Report of the Indian Hemp Drugs Commission, 1894-1895 - Volume IV
Year: 1894
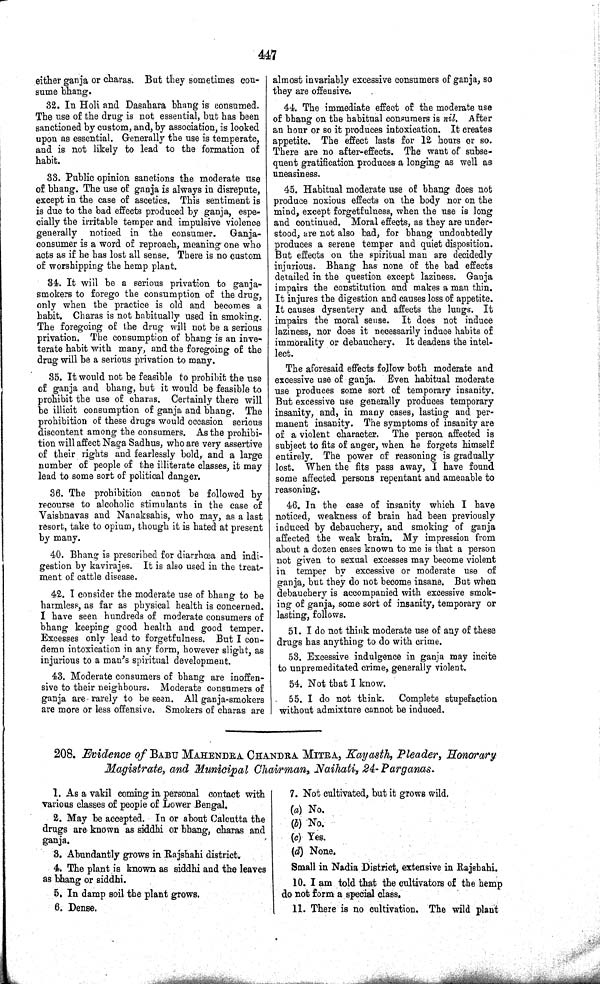
447
either ganja or charas. But they sometimes con-
sume bhang.
32. In Holi and Dasahara bhang is consumed.
The use of the drug is not essential, but has been
sanctioned by custom, and, by association, is looked
upon as essential. Generally the use is temperate,
and is not likely to lead to the formation of
habit.
33. Public opinion sanctions the moderate use
of bhang. The use of ganja is always in disrepute,
except in the case of ascetics. This sentiment is
is due to the bad effects produced by ganja, espe-
cially the irritable temper and impulsive violence
generally noticed in the consumer.
Ganja-
consumer is a word of reproach, meaning one who
acts as if he has lost all sense. There is no custom
of worshipping the hemp plant.
34. It will be a serious privation to ganja-
smokers to forego the consumption of the drug,
only when the practice is old and becomes a
habit. Charas is not habitually used in smoking.
The foregoing of the drug will not be a serious
privation. The consumption of bhang is an inve-
terate habit with many, and the foregoing of the
drug will be a serious privation to many.
35. It would not be feasible to prohibit the use
of ganja and bhang, but it would be feasible to
prohibit the use of charas. Certainly there will
be illicit consumption of ganja and bhang. The
prohibition of these drugs would occasion serious
discontent among the consumers. As the prohibi-
tion will affect Naga Sadhus, who are very assertive
of their rights and fearlessly bold, and a large
number of people of the illiterate classes, it may
lead to some sort of political danger.
36. The prohibition cannot be followed by
recourse to alcoholic stimulants in the case of
Vaisbnavas and Nanaksahis, who may, as a last
resort, take to opium, though it is hated at present
by many.
40. Bhang is prescribed for diarrhœa and indi-
gestion by kavirajes. It is also used in the treat-
ment of cattle disease.
42. I consider the moderate use of bhang to be
harmless, as far as physical health is concerned.
I have seen hundreds of moderate consumers of
bhang keeping good health and good temper.
Excesses only lead to forgetfulness. But I con-
demn intoxication in any form, however slight, as
injurious to a man's spiritual development.
43. Moderate consumers of bhang are inoffen-
sive to their neighbours. Moderate consumers of
ganja are rarely to be seen. All ganja-smokers
are more or less offensive. Smokers of charas are
almost invariably excessive consumers of ganja, so
they are offensive.
44. The immediate effect of the moderate use
of bhang on the habitual consumers is nil. After
an hour or so it produces intoxication. It creates
appetite. The effect lasts for 12 hours or so.
There are no after-effects. The want of subse-
quent gratification produces a longing as well as
uneasiness.
45. Habitual moderate use of bhang does not
produce noxious effects on the body nor on the
mind, except forgetfulness, when the use is long
and continued. Moral effects, as they are under-
stood, are not also bad, for bhang undoubtedly
produces a serene temper and quiet disposition.
But effects on the spiritual man are decidedly
injurious. Bhang has none of the bad effects
detailed in the question except laziness. Ganja
impairs the constitution and makes a man thin.
It injures the digestion and causes loss of appetite.
It causes dysentery and affects the lungs. It
impairs the moral sense. It does not induce
laziness, nor does it necessarily induce habits of
immorality or debauchery. It deadens the intel-
lect.
The aforesaid effects follow both moderate and
excessive use of ganja. Even habitual moderate
use produces some sort of temporary insanity.
But excessive use generally produces temporary
insanity, and, in many cases, lasting and per-
manent insanity. The symptoms of insanity are
of a violent character. The person affected is
subject to fits of anger, when he forgets himself
entirely. The power of reasoning is gradually
lost. When the fits pass away, I have found
some affected persons repentant and amenable to
reasoning.
46. In the case of insanity which I have
noticed, weakness of brain had been previously
induced by debauchery, and smoking of ganja
affected the weak brain. My impression from
about a dozen cases known to me is that a person
not given to sexual excesses may become violent
in temper by excessive or moderate use of
ganja, but they do not become insane. But when
debauchery is accompanied with excessive smok-
ing of ganja, some sort of insanity, temporary or
lasting, follows.
51. I do not think moderate use of any of these
drugs has anything to do with crime.
53. Excessive indulgence in ganja may incite
to unpremeditated crime, generally violent.
54. Not that I know.
55. I do not think.
Complete stupefaction
without admixture cannot be induced.
208. Evidence of BABU MAHENDRA CHANDRA MITRA, Kayasth, Pleader, Honorary
Magistrate, and Municipal Chairman, Naihati, 24-Parganas.
1. As a vakil coming in personal contact with
various classes of people of Lower Bengal.
2. May be accepted. In or about Calcutta the
drugs are known as siddhi or bhang, charas and
ganja.
3. Abundantly grows in Rajshahi district.
4. The plant is known as siddhi and the leaves
as bhang or siddhi.
5. In damp soil the plant grows.
6. Dense.
7. Not cultivated, but it grows wild.
(a) No.
(b) No.
(c) Yes.
(d) None.
Small in Nadia District, extensive in Rajshahi.
10. I am told that the cultivators of the hemp
do not form a special class.
11. There is no cultivation. The wild plant